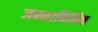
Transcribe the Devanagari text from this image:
जन्मानिमित्त